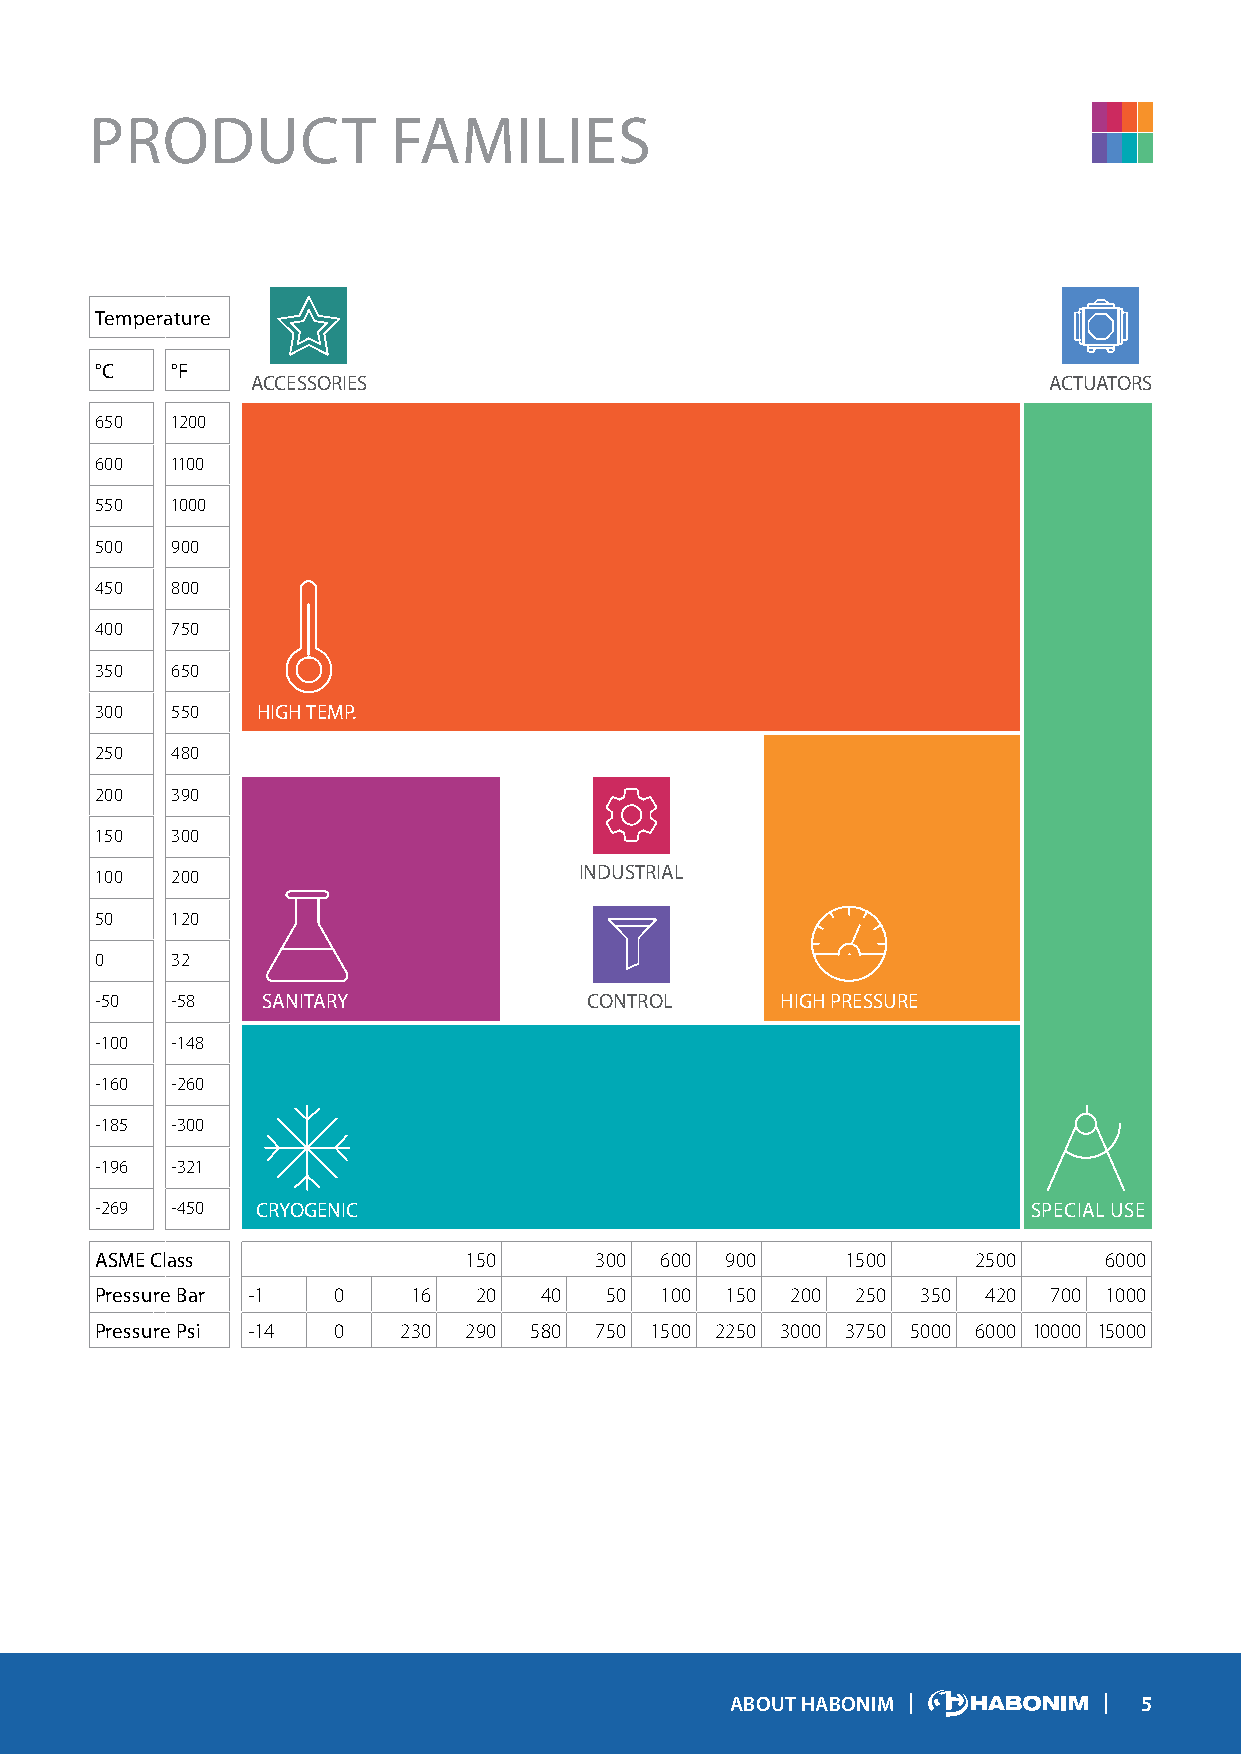
PRODUCT             FAMILIES
 Temperature
 °C   °F
 ACCESSORIES                                         ACTUATORS
 650  1200
 600  1100
 550  1000
 500  900
 450  800
 400  750
 350  650
 300  550   HIGH TEMP.
 250  480
 200  390
 150  300
 100  200                        INDUSTRIAL
 50   120
 0    32
 -50  -58   SANITARY              CONTROL      HIGH PRESSURE
 -100 -148
 -160 -260
 -185 -300
 -196 -321
 -269 -450  CRYOGENIC                                          SPECIAL USE
 ASME Class               150     300  600 900     1500     2500    6000
 Pressure Bar -1 0    16  20   40  50  100 150 200  250 350 420 700 1000
 Pressure Psi -14 0  230  290 580 750 1500 2250 3000 3750 5000 6000 10000 15000
 ABOUT HABONIM               5